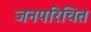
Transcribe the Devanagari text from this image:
जनपरिचित